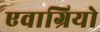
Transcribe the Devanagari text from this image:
एवाग्रियो